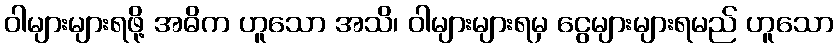
ဝါများများရဖို့ အဓိက ဟူသော အသိ၊ ဝါများများရမှ ငွေများများရမည် ဟူသော